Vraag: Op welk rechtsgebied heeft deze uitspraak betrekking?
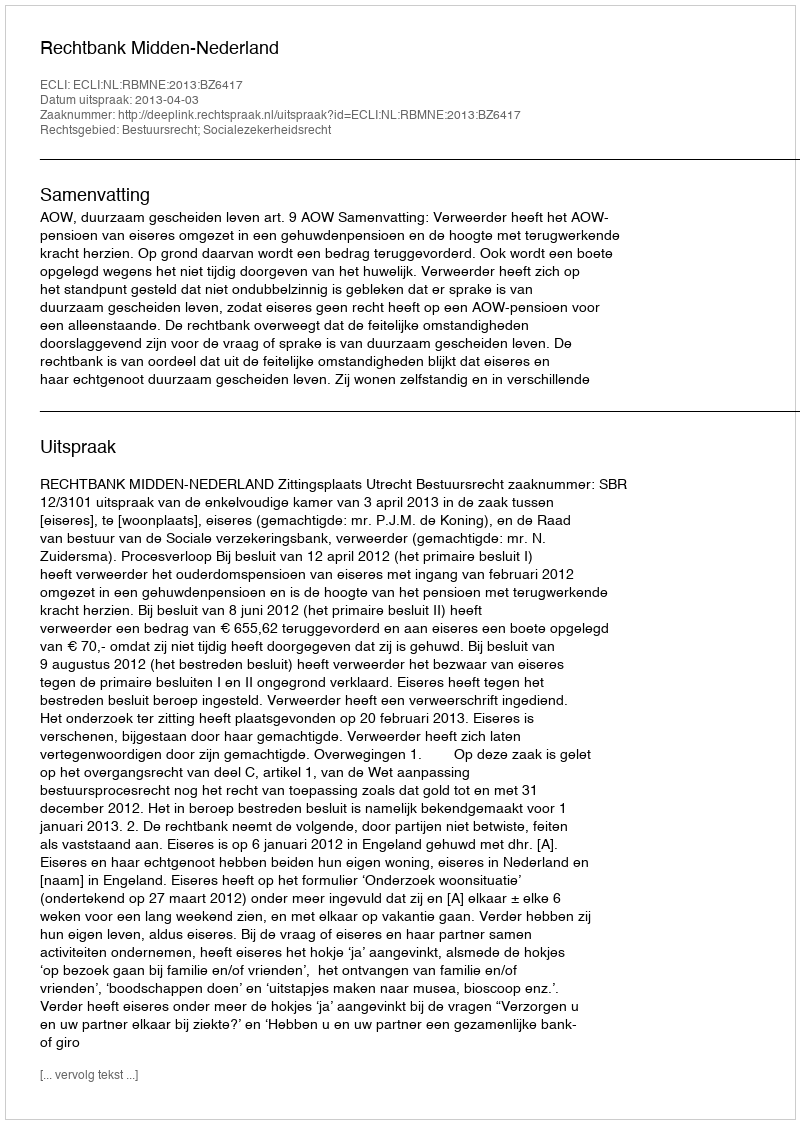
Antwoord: Bestuursrecht; Socialezekerheidsrecht